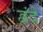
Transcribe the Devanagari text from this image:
द्वंदें